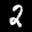
Label: 2